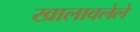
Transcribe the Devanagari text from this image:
खालावलेले